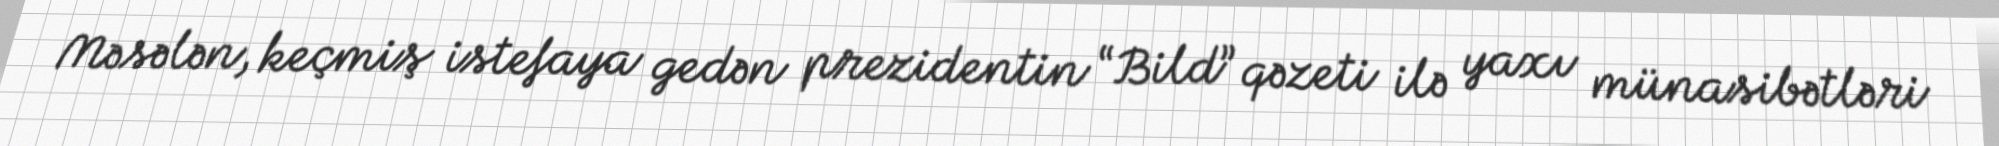
Məsələn, keçmiş istefaya gedən prezidentin “Bild” qəzeti ilə yaxı münasibətləri